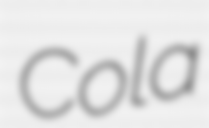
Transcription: Cola